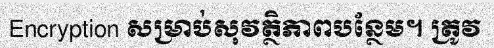
Encryption សម្រាប់សុវត្ថិភាពបន្ថែម។ ត្រូវ